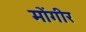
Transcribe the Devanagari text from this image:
मोंगीर